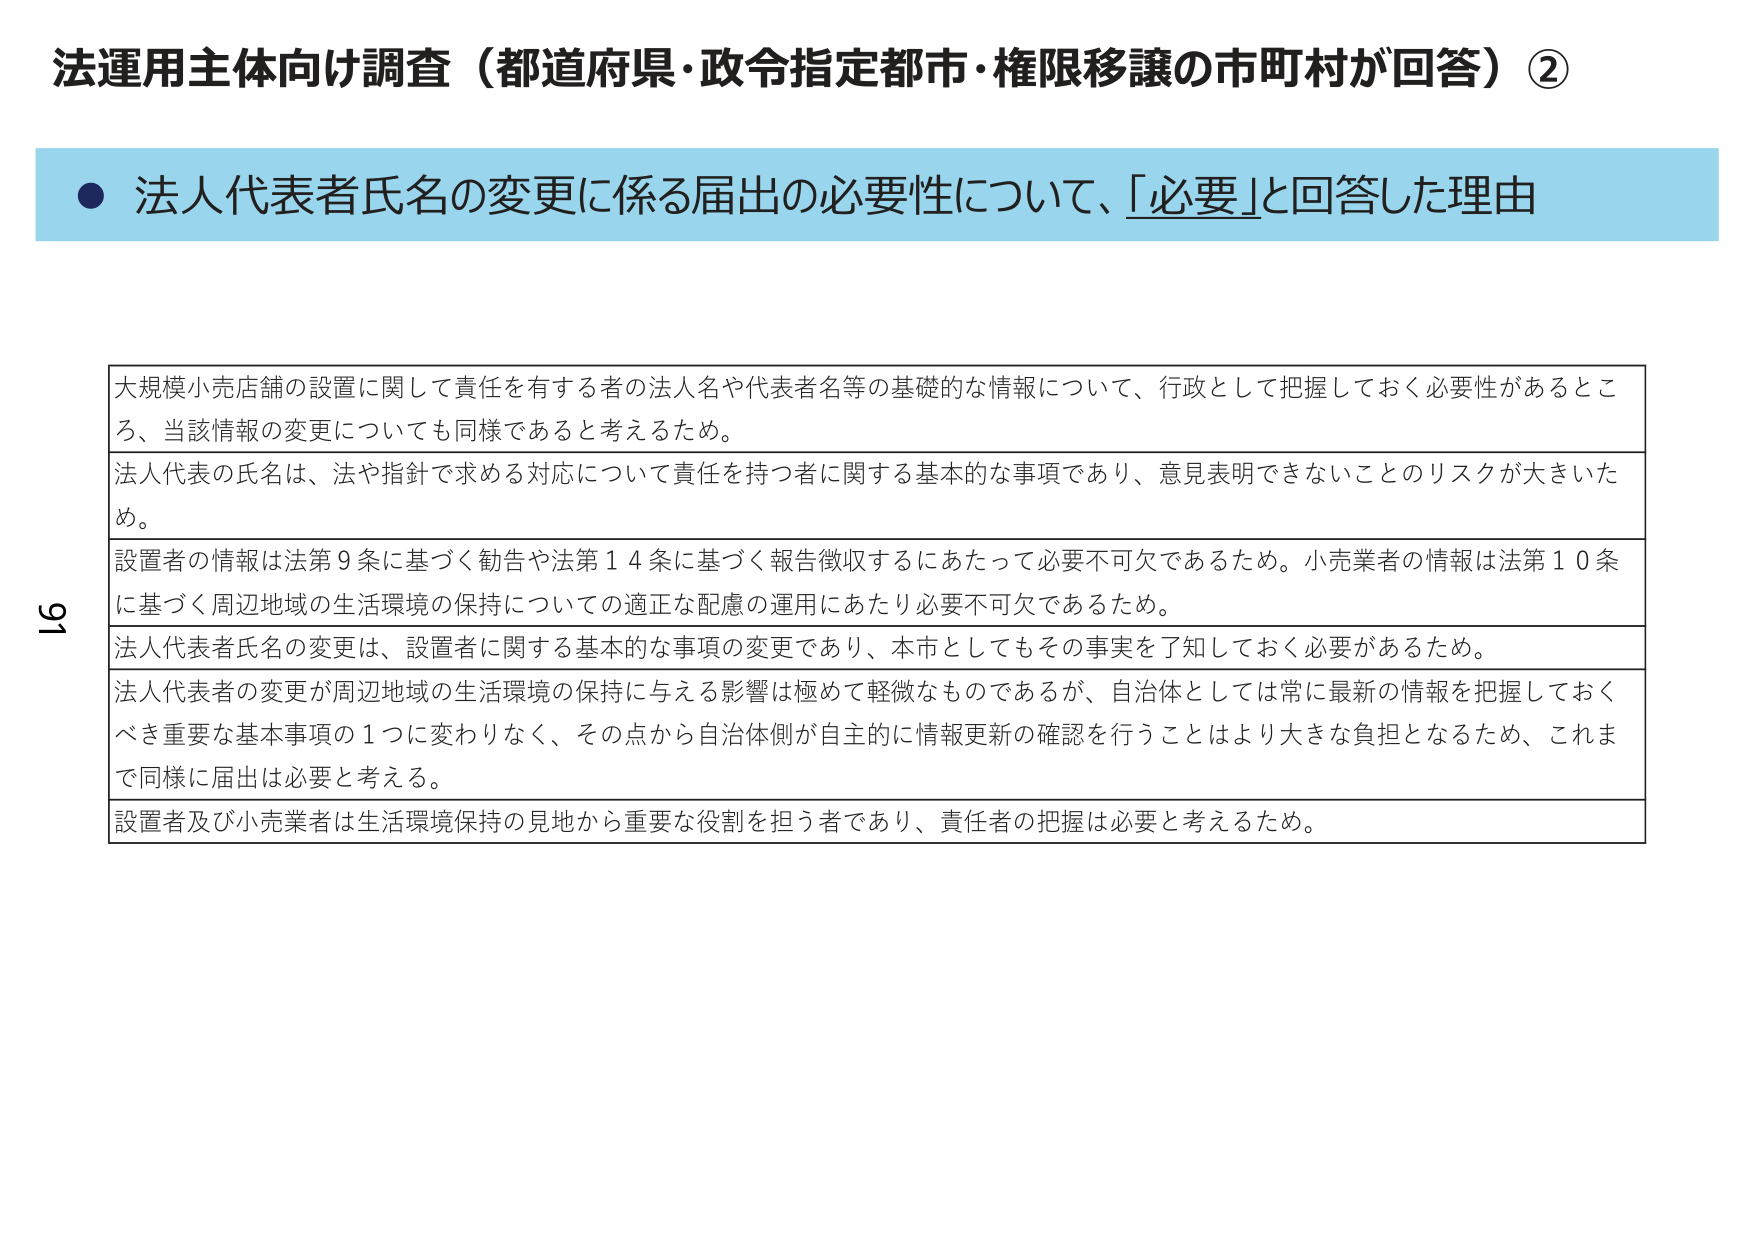
法運用主体向け調査（都道府県・政令指定都市・権限移譲の市町村が回答）②

● 法人代表者氏名の変更に係る届出の必要性について、「必要」と回答した理由

大規模小売店舗の設置に関して責任を有する者の法人名や代表者名等の基礎的な情報について、行政として把握しておく必要性があるところ、当該情報の変更についても同様であると考えるため。

法人代表の氏名は、法や指針で求める対応について責任を持つ者に関する基本的な事項であり、意見表明できないことのリスクが大きいため。

設置者の情報は法第９条に基づく勧告や法第１４条に基づく報告徴収するにあたって必要不可欠であるため。小売業者の情報は法第１０条に基づく周辺地域の生活環境の保持についての適正な配慮の運用にあたり必要不可欠であるため。

法人代表者氏名の変更は、設置者に関する基本的な事項の変更であり、本市としてもその事実を了知しておく必要があるため。

法人代表者の変更が周辺地域の生活環境の保持に与える影響は極めて軽微なものであるが、自治体としては常に最新の情報を把握しておくべき重要な基本事項の１つに変わりなく、その点から自治体側が自主的に情報更新の確認を行うことはより大きな負担となるため、これまで同様に届出は必要と考える。

設置者及び小売業者は生活環境保持の見地から重要な役割を担う者であり、責任者の把握は必要と考えるため。

91